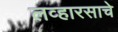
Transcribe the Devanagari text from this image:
लव्हारसाचे